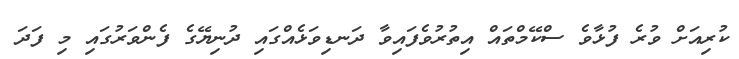
ކުރިއަށް ވުރެ ފުޅާވެ ސްކޭމްތައް އިތުރުވެފައިވާ ދަނޑިވަޅެއްގައި ދުނިޔޭގެ ފެންވަރުގައި މި ފަދަ